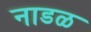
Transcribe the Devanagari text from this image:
नाडळ